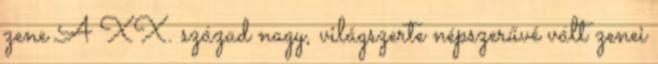
zene A XX. század nagy, világszerte népszerűvé vált zenei